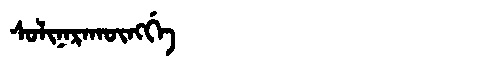
Manchu: ᠰᠣᠯᡳᠨᠠᡵᠠᡴᡡᠩᡤᡝ
Romanization: SOLINARAKŪNGGE